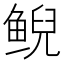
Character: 鲵